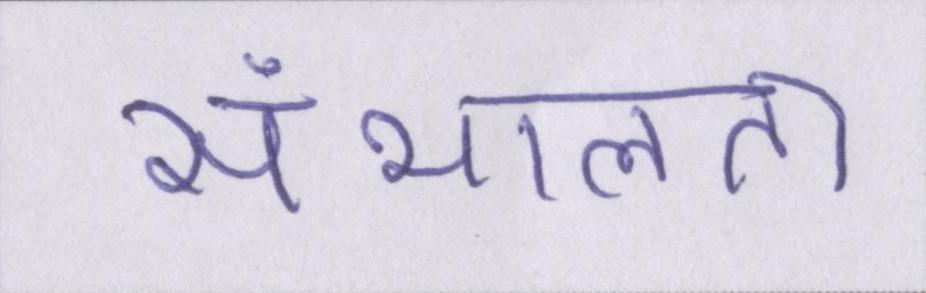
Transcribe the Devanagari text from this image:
संभालता